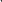
6. 根据下列几种物质溶解度曲线(图4)，得到的结论正